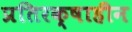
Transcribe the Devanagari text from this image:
प्रतिरक्षाहीन